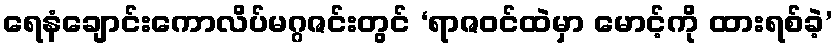
ရေနံချောင်းကောလိပ်မဂ္ဂဇင်းတွင် ‘ရာဇဝင်ထဲမှာ မောင့်ကို ထားရစ်ခဲ့’